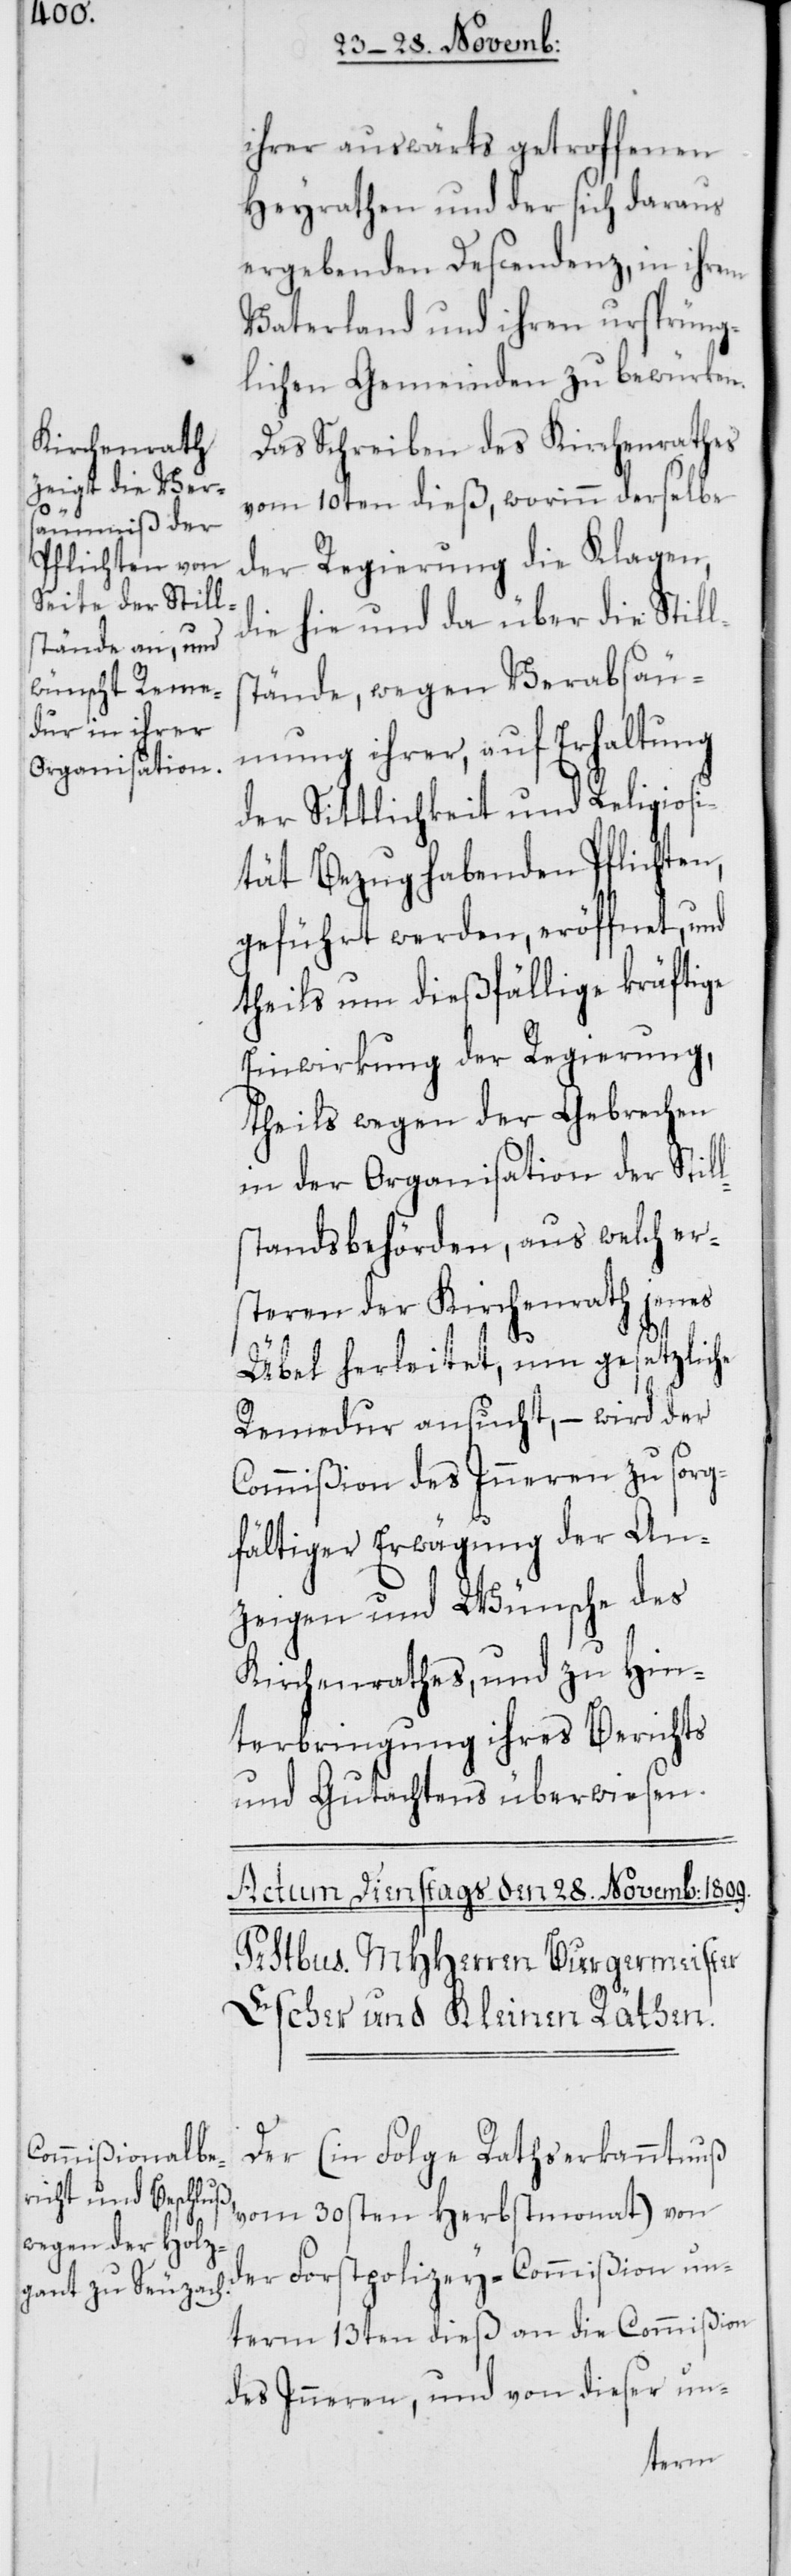
ihrer auswärts getroffenen
Heyrathen und der sich daraus
ergebenden Descendenz, in ihrem
Vaterland und ihren ursprüng¬
lichen Gemeinden zu bewürken.
Das Schreiben des Kirchenrathes
vom 10ten dieß, worinn derselbe
der Regierung die Klagen,
die hie und da über die Still¬
stände, wegen Verabsäu¬
mung ihrer, auf Erhaltung
der Sittlichkeit und Religiosi¬
tät Bezug habenden Pflichten,
geführt werden, eröffnet, und
theils um dießfällige kräftige
Einwirkung der Regierung,
in der Organisation der Still¬
standsbehörden, aus welch er¬
steren der Kirchenrath jenes
Übel herleitet, um gesetzliche
Remedur ansucht, – wird der
Commißion des Inneren zu sorg¬
fältiger Erwägung der An¬
zeigen und Wünsche des
Kirchenrathes, und zu Hin¬
terbringung ihres Berichts
und Gutachtens überwiesen.
Der (in Folge Rathserkanntnuß
vom 30sten Herbstmonat) von
der Forstpolizey-Commißion un¬
term 13ten dieß an die Commißion
des Inneren, und von dieser un-